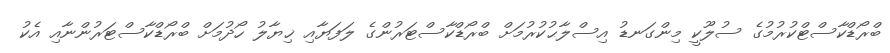
ބްރޯޑްކާސްޓްކުރުމުގެ ސުލޫކީ މިންގަނޑު އިސްލާޙުކުރުމަށް ބްރޯޑްކާސްޓަރުންގެ ލަފަޔާއި ޚިޔާލު ހޯދުމަށް ބްރޯޑްކާސްޓަރުންނާއި އެކު